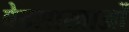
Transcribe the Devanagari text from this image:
वेदशाखाओं